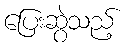
ပြေးဆွဲသည့်